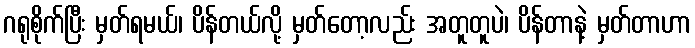
ဂရုစိုက်ပြီး မှတ်ရမယ်၊ ပိန်တယ်လို့ မှတ်တော့လည်း အတူတူပဲ၊ ပိန်တာနဲ့ မှတ်တာဟာ